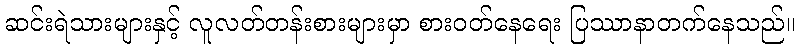
ဆင်းရဲသားများနှင့် လူလတ်တန်းစားများမှာ စားဝတ်နေရေး ပြဿာနာတက်နေသည်။